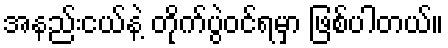
အနည်းငယ်နဲ့ တိုက်ပွဲဝင်ရမှာ ဖြစ်ပါတယ်။